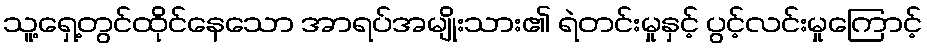
သူ့ရှေ့တွင်ထိုင်နေသော အာရပ်အမျိုးသား၏ ရဲတင်းမှုနှင့် ပွင့်လင်းမှုကြောင့်